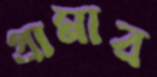
গ্রামার